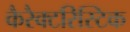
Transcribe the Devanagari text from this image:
कैरैक्टरिस्टिक